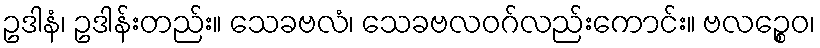
ဥဒါနံ၊ ဥဒါန်းတည်း။ သေခဗလံ၊ သေခဗလဝဂ်လည်းကောင်း။ ဗလဉ္စေဝ၊